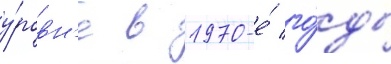
у́ровн'е в 1970-е́ го́ды